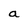
Character: a